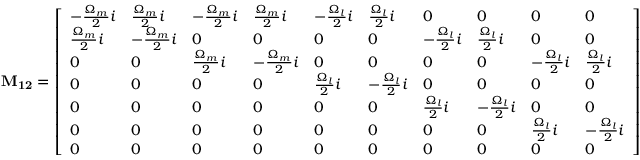
\mathbf { M _ { 1 2 } } = \left[ \begin{array} { l l l l l l l l l l } { - \frac { \Omega _ { m } } { 2 } i } & { \frac { \Omega _ { m } } { 2 } i } & { - \frac { \Omega _ { m } } { 2 } i } & { \frac { \Omega _ { m } } { 2 } i } & { - \frac { \Omega _ { l } } { 2 } i } & { \frac { \Omega _ { l } } { 2 } i } & { 0 } & { 0 } & { 0 } & { 0 } \\ { \frac { \Omega _ { m } } { 2 } i } & { - \frac { \Omega _ { m } } { 2 } i } & { 0 } & { 0 } & { 0 } & { 0 } & { - \frac { \Omega _ { l } } { 2 } i } & { \frac { \Omega _ { l } } { 2 } i } & { 0 } & { 0 } \\ { 0 } & { 0 } & { \frac { \Omega _ { m } } { 2 } i } & { - \frac { \Omega _ { m } } { 2 } i } & { 0 } & { 0 } & { 0 } & { 0 } & { - \frac { \Omega _ { l } } { 2 } i } & { \frac { \Omega _ { l } } { 2 } i } \\ { 0 } & { 0 } & { 0 } & { 0 } & { \frac { \Omega _ { l } } { 2 } i } & { - \frac { \Omega _ { l } } { 2 } i } & { 0 } & { 0 } & { 0 } & { 0 } \\ { 0 } & { 0 } & { 0 } & { 0 } & { 0 } & { 0 } & { \frac { \Omega _ { l } } { 2 } i } & { - \frac { \Omega _ { l } } { 2 } i } & { 0 } & { 0 } \\ { 0 } & { 0 } & { 0 } & { 0 } & { 0 } & { 0 } & { 0 } & { 0 } & { \frac { \Omega _ { l } } { 2 } i } & { - \frac { \Omega _ { l } } { 2 } i } \\ { 0 } & { 0 } & { 0 } & { 0 } & { 0 } & { 0 } & { 0 } & { 0 } & { 0 } & { 0 } \end{array} \right]